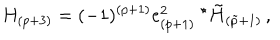
H _ { ( p + 3 ) } = ( - 1 ) ^ { ( p + 1 ) } e _ { ( p + 1 ) } ^ { 2 } \ { } ^ { \star } \tilde { H } _ { ( \tilde { p } + 1 ) } \, ,